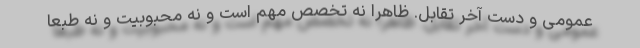
عمومی و دست آخر تقابل. ظاهراً نه تخصص مهم است و نه محبوبیت و نه طبعاً